Vaccination in Bombay 1913-1923 - 1913-1923
Year: 1913
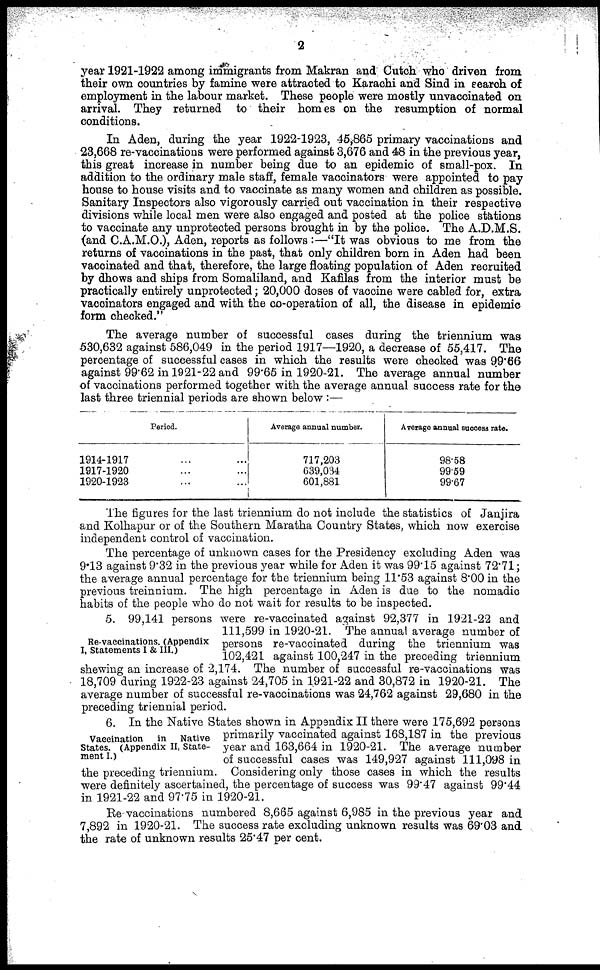
2
year 1921-1922 among immigrants from Makran and Cutch who driven from
their own countries by famine were attracted to Karachi and Sind in search of
employment in the labour market. These people were mostly unvaccinated on
arrival. They returned to their homes on the resumption of normal
conditions.
In Aden, during the year 1922-1923, 45,865 primary vaccinations and
23,668 re-vaccinations were performed against 3,676 and 48 in the previous year,
this great increase in number being due to an epidemic of small-pox. In
addition to the ordinary male staff, female vaccinators were appointed to pay
house to house visits and to vaccinate as many women and children as possible.
Sanitary Inspectors also vigorously carried out vaccination in their respective
divisions while local men were also engaged and posted at the police stations
to vaccinate any unprotected persons brought in by the police. The A.D.M.S.
(and C.A.M.O.), Aden, reports as follows :—"It was obvious to me from the
returns of vaccinations in the past, that only children born in Aden had been
vaccinated and that, therefore, the large floating population of Aden recruited
by dhows and ships from Somaliland, and Kafilas from the interior must be
practically entirely unprotected; 20,000 doses of vaccine were cabled for, extra
vaccinators engaged and with the co-operation of all, the disease in epidemic
form checked."
The average number of successful cases during the triennium was
530,632 against 586,049 in the period 1917—1920, a decrease of 55,417. The
percentage of successful cases in which the results were checked was 99.66
against 99.62 in 1921-22 and 99.65 in 1920-21. The average annual number
of vaccinations performed together with the average annual success rate for the
last three triennial periods are shown below :—
Period.
1914-1917 ......
1917-1920 ... ...
1920-1923 ... ...
Average annual number.
717,203
639,034
601,881
Average annual success rate.
98.58
99.59
99.67
The figures for the last triennium do not include the statistics of Janjira
and Kolhapur or of the Southern Maratha Country States, which now exercise
independent control of vaccination.
The percentage of unknown cases for the Presidency excluding Aden was
9.13 against 9.32 in the previous year while for Aden it was 99.15 against 72.71;
the average annual percentage for the triennium being 11.53 against 8.00 in the
previous treinnium. The high percentage in Aden is due to the nomadic
habits of the people who do not wait for results to be inspected.
Re-vaccinations. (Appendix
I, Statements I & III.)
5. 99,141 persons were re-vaccinated against 92,377 in 1921-22 and
111,599 in 1920-21. The annual average number of
persons re-vaccinated during the triennium was
102,421 against 100,247 in the preceding triennium
shewing an increase of 2,174. The number of successful re-vaccinations was
18,709 during 1922-23 against 24,705 in 1921-22 and 30,872 in 1920-21. The
average number of successful re-vaccinations was 24,762 against 29,680 in the
preceding triennial period.
Vaccination in Native
States. (Appendix II, State-
ment I.)
6. In the Native States shown in Appendix II there were 175,692 persons
primarily vaccinated against 168,187 in the previous
year and 163,664 in 1920-21. The average number
of successful cases was 149,927 against 111,098 in
the preceding triennium. Considering only those cases in which the results
were definitely ascertained, the percentage of success was 99.47 against 99.44
in 1921-22 and 97.75 in 1920-21.
Re-vaccinations numbered 8,665 against 6,985 in the previous year and
7,892 in 1920-21. The success rate excluding unknown results was 69.03 and
the rate of unknown results 25.47 per cent.